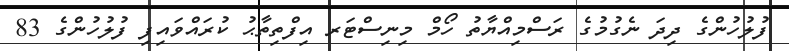
ފުލުހުންގެ ދިދަ ނެގުމުގެ ރަސްމިއްޔާތު ހޯމް މިނިސްޓަރ އިފްތިތާޙު ކުރައްވައިފި ފުލުހުންގެ 83